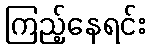
ကြည့်နေရင်း